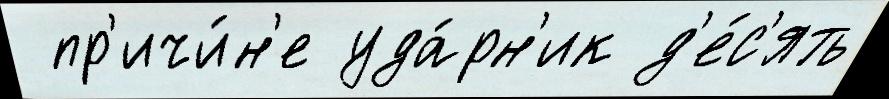
 пр'ичи́н'е уда́рн'ик д'е́с'ять